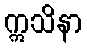
ဣသိနာ